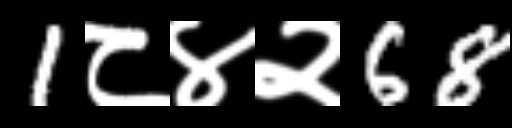
Text: 1८४२68